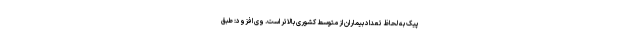
پیک به لحاظ تعداد بیماران از متوسط کشوری بالاتر است. وی افزود: طبق